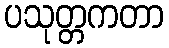
ပသုတ္တကတာ